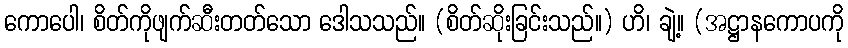
ကောပေါ၊ စိတ်ကိုဖျက်ဆီးတတ်သော ဒေါသသည်။ (စိတ်ဆိုးခြင်းသည်။) ဟိ၊ ချဲ့။ (အဋ္ဌာနကောပကို